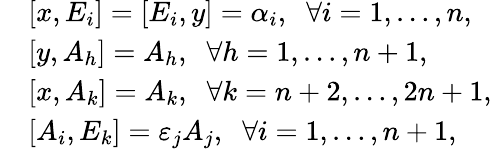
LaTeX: \begin{array}{rl}&{[x,E_{i}]=[E_{i},y]=\alpha_{i},\; \; \forall i=1,\ldots,n,}\\ &{[y,A_{h}]=A_{h},\; \; \forall h=1,\ldots,n+1,}\\ &{[x,A_{k}]=A_{k},\; \; \forall k=n+2,\ldots,2n+1,}\\ &{[A_{i},E_{k}]=\varepsilon_{j}A_{j},\; \; \forall i=1,\ldots,n+1,}\end{array}